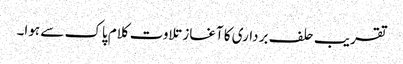
تقریب حلف برداری کا آغاز تلاوت کلام پاک سے ہوا۔